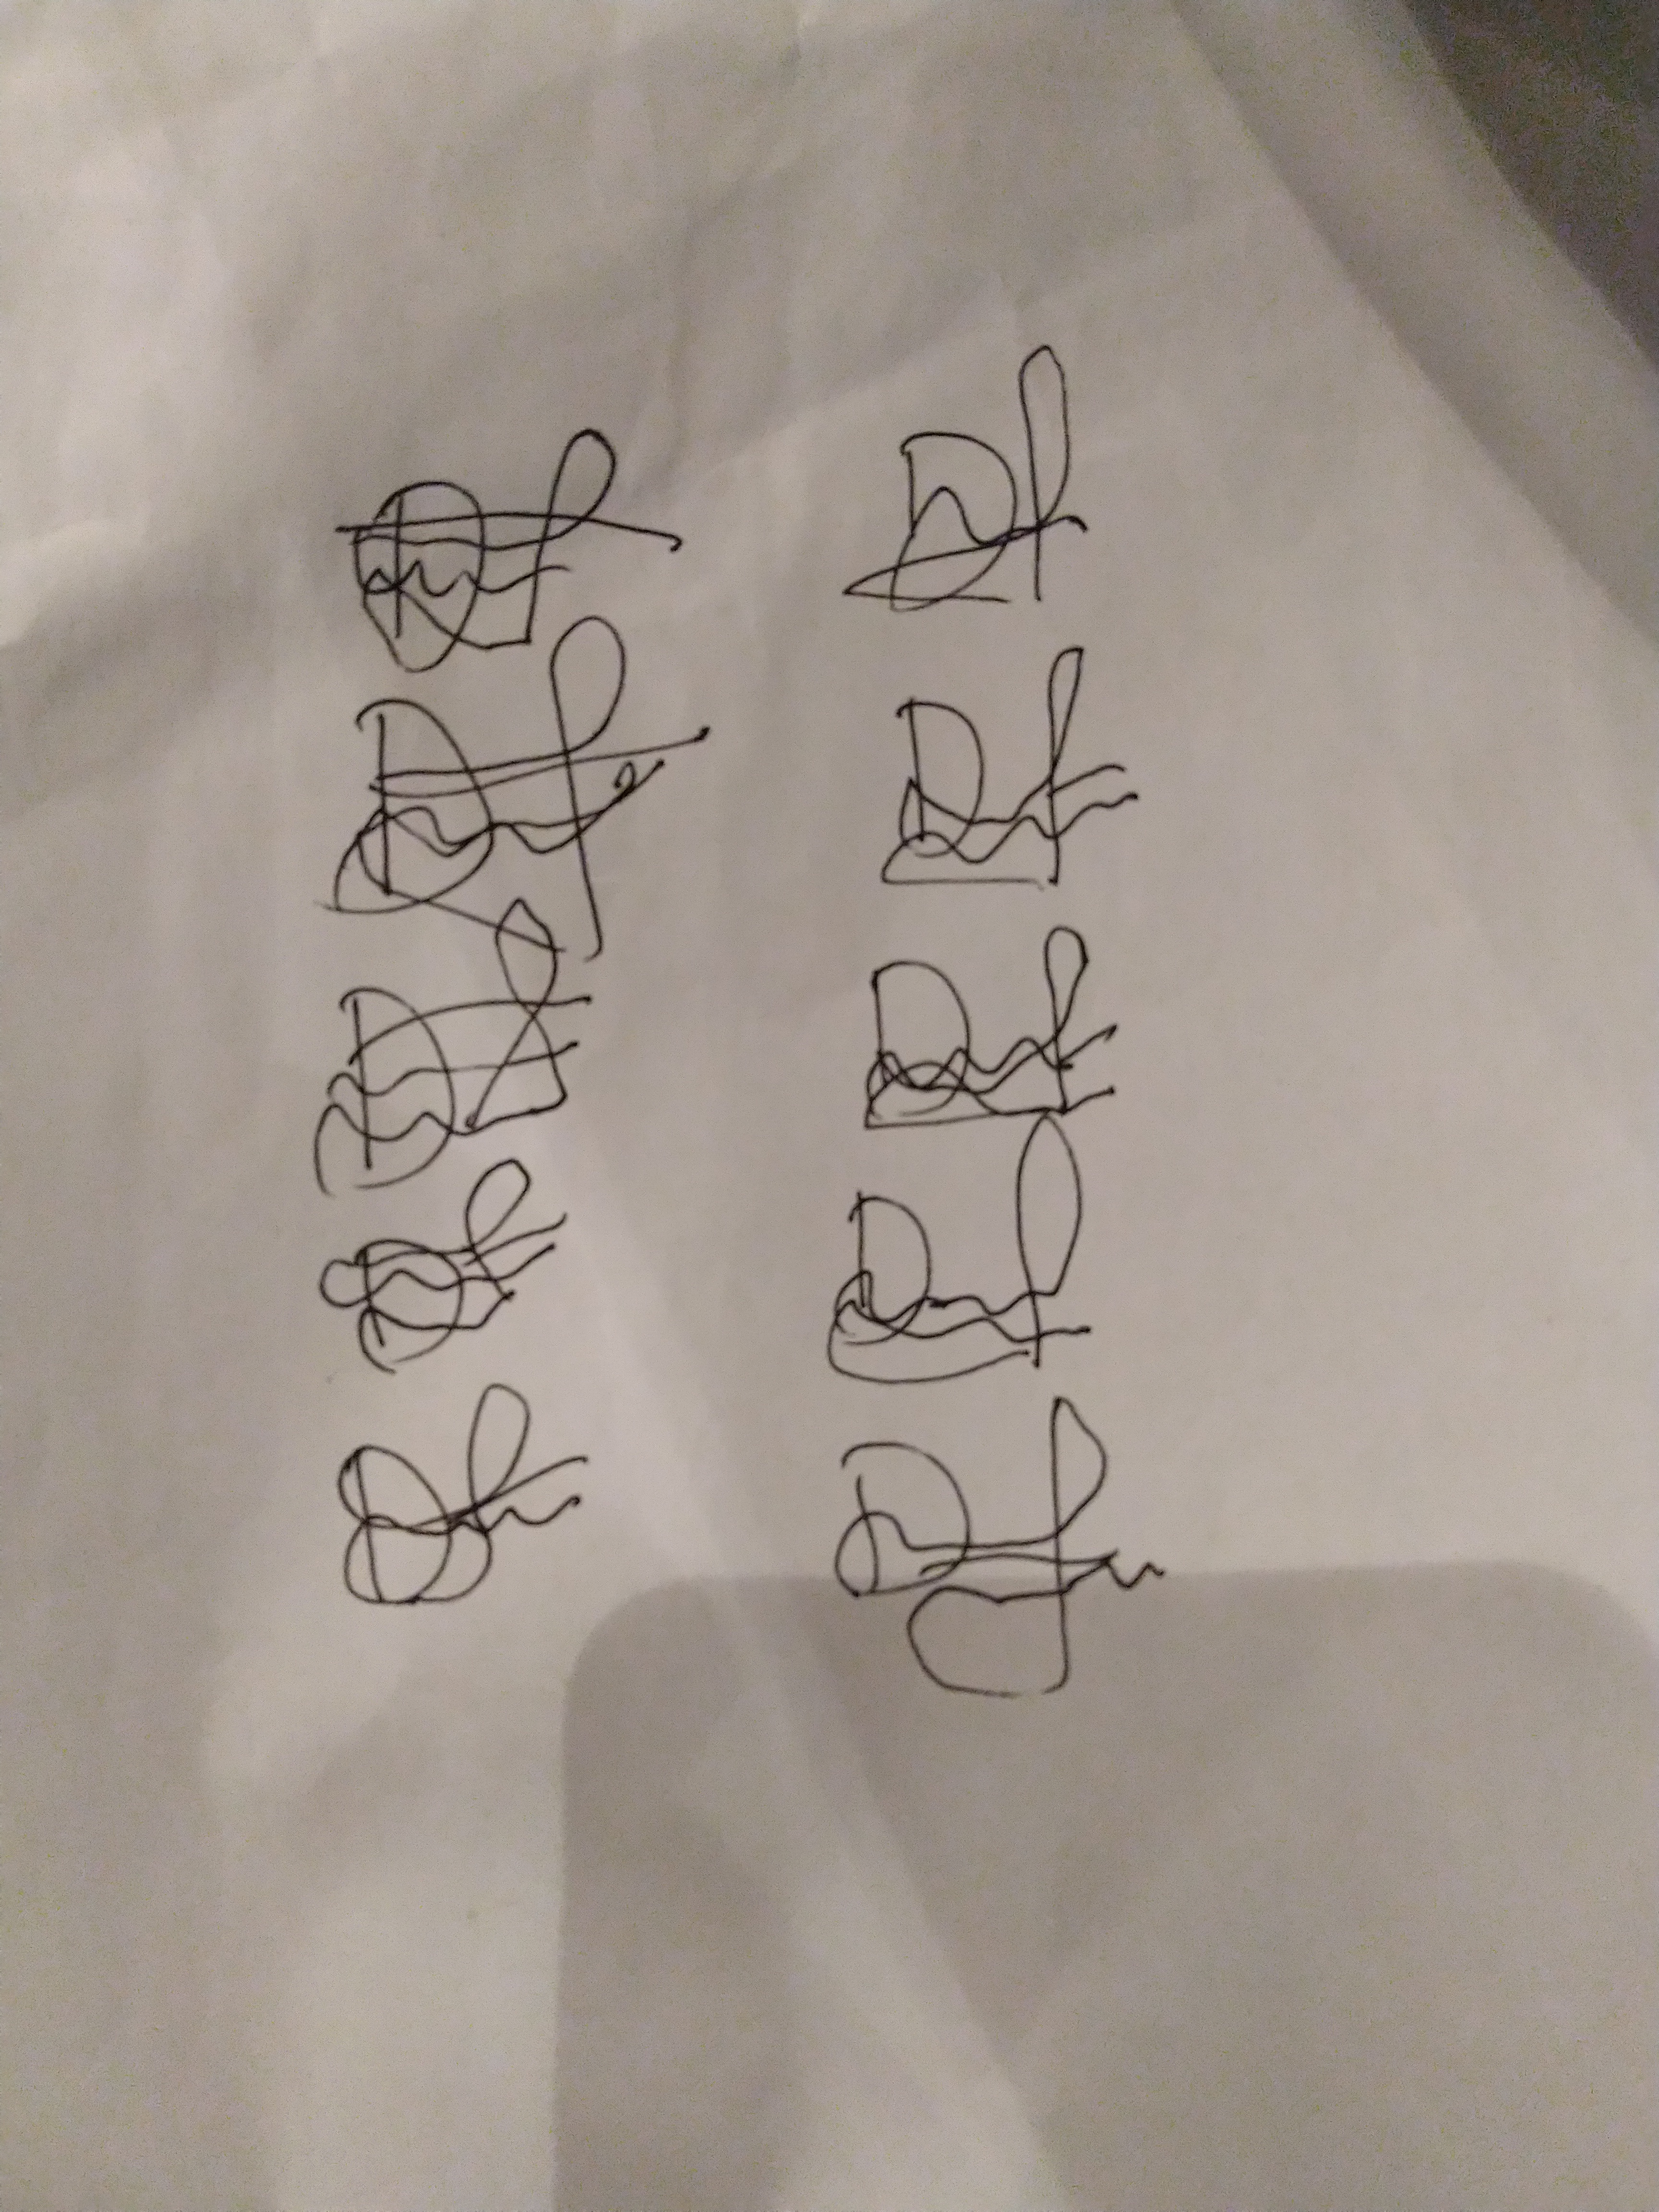
Signature authenticity: forged